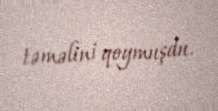
təməlini qoymuşdu.